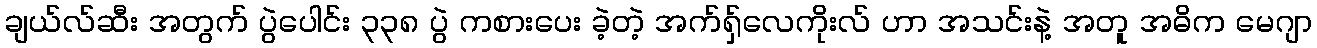
ချယ်လ်ဆီး အတွက် ပွဲပေါင်း ၃၃၈ ပွဲ ကစားပေး ခဲ့တဲ့ အက်ရှ်လေကိုးလ် ဟာ အသင်းနဲ့ အတူ အဓိက မေဂျာ